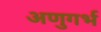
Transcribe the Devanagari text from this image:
अणुगर्भ